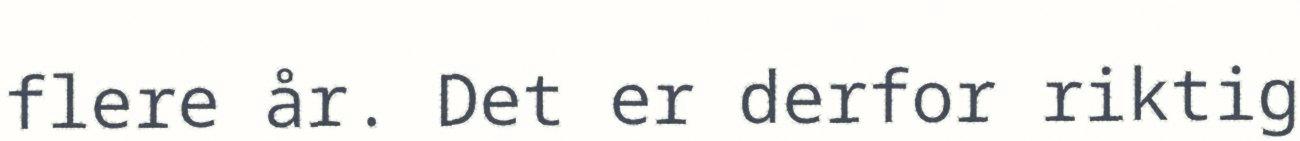
flere år. Det er derfor riktig